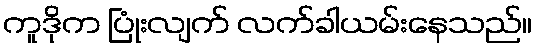
ကူဒိုက ပြုံးလျက် လက်ခါယမ်းနေသည်။